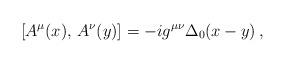
LaTeX: \begin{align*}[A^\mu (x),\, A^\nu (y)]=-i g^{\mu\nu} \Delta_0(x-y) \, , \end{align*}